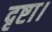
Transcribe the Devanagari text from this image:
दृष्टा।